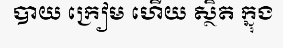
បាយ ក្រៀម ហើយ ស្ថិត ក្នុង